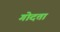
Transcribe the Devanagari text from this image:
गोदता